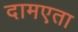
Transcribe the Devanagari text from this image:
दामएता